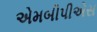
એમબીપીએસ